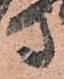
方